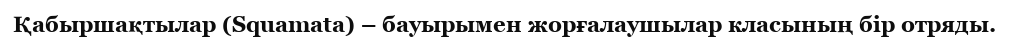
Қабыршақтылар (Squamata) – бауырымен жорғалаушылар класының бір отряды.